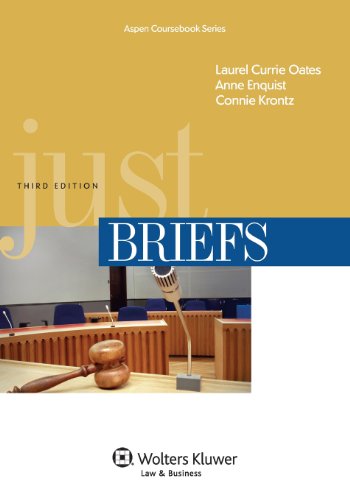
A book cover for Just Briefs, Third Edition (Aspen Coursebooks); Laura Currie Oates; Law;